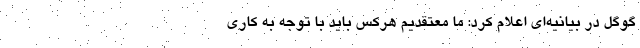
گوگل در بیانیه‌ای اعلام کرد: ما معتقدیم هرکس باید با توجه به کاری